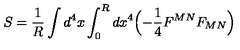
S = \frac { 1 } { R } \int d ^ { 4 } x \int _ { 0 } ^ { R } d x ^ { 4 } \Bigl ( - \frac { 1 } { 4 } F ^ { M N } F _ { M N } \Bigr )